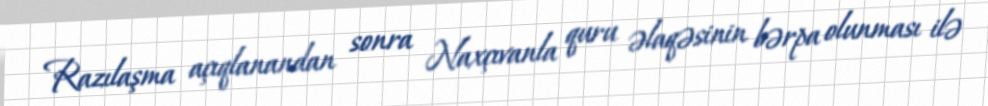
Razılaşma açıqlanandan sonra Naxçıvanla quru əlaqəsinin bərpa olunması ilə